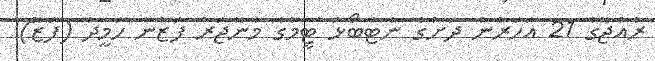
ރާއްޖޭގެ 21 އަހަރުން ދަށުގެ ނެޓްބޯޅަ ޓީމުގެ މެނޭޖަރު ފަޒުނާ ހަމީދު (ފަޒޫ)